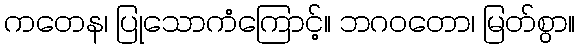
ကတေန၊ ပြုသောကံကြောင့်။ ဘဂဝတော၊ မြတ်စွာ။